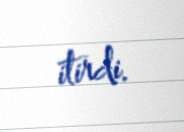
itirdi.